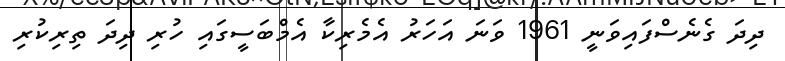
ދިދަ ގެނެސްފައިވަނީ 1961 ވަނަ އަހަރު އެމެރިކާ އެމްބަސީގައި ހުރި ދިދަ ތިރިކުރި